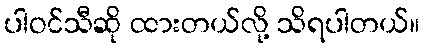
ပါဝင်သီဆို ထားတယ်လို့ သိရပါတယ်။